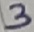
Text: 3